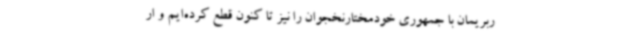
ربریمان با جمهوری خودمختارنخجوان را نیز تا کنون قطع کرده‌ایم و ار